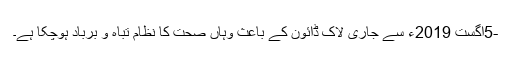
-5اگست 2019ء سے جاری لاک ڈائون کے باعث وہاں صحت کا نظام تباہ و برباد ہوچکا ہے۔